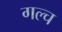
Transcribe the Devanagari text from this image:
गल्च